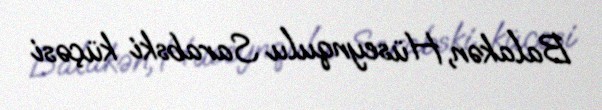
Balakən, Hüseynqulu Sarabski küçəsi